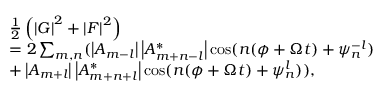
\begin{array} { r l } & { \frac { 1 } { 2 } \left( \left\vert G \right\vert ^ { 2 } + \left\vert F \right\vert ^ { 2 } \right) } \\ & { = 2 \sum _ { m , n } ( \left\vert A _ { m - l } \right\vert \left\vert A _ { m + n - l } ^ { \ast } \right\vert \cos ( n ( \phi + \Omega t ) + \psi _ { n } ^ { - l } ) } \\ & { + \left\vert A _ { m + l } \right\vert \left\vert A _ { m + n + l } ^ { \ast } \right\vert \cos ( n ( \phi + \Omega t ) + \psi _ { n } ^ { l } ) ) , } \end{array}